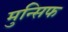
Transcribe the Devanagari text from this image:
मुन्सिफ